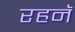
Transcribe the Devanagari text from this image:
रहनॅ